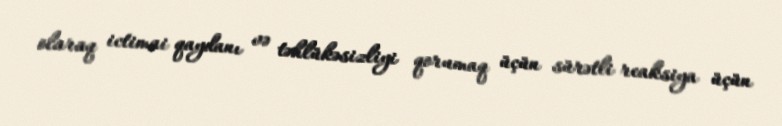
olaraq ictimai qaydanı və təhlükəsizliyi qorumaq üçün sürətli reaksiya üçün